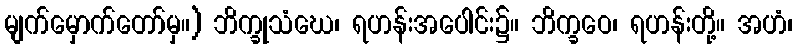
မျက်မှောက်တော်မှ။) ဘိက္ခုသံဃေ၊ ရဟန်းအပေါင်း၌။ ဘိက္ခဝေ၊ ရဟန်းတို့။ အဟံ၊